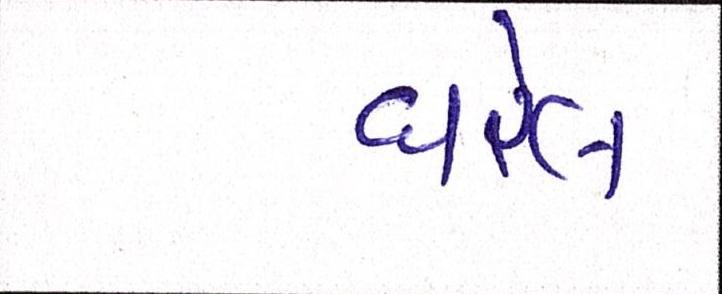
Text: ધરેલ